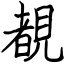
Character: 覩